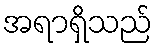
အရာရှိသည်